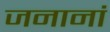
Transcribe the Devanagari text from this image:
जनानां